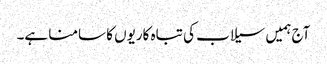
آج ہمیں سیلاب کی تباہ کاریوں کا سامنا ہے۔